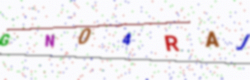
Text: GN04RAJ